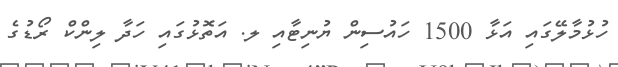
ހުޅުމާލޭގައި އަޅާ 1500 ހައުސިން ޔުނިޓާއި ލ. އަތޮޅުގައި ހަދާ ލިންކް ރޯޑުގެ